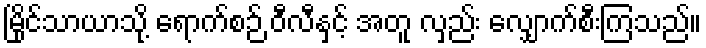
မြိုင်သာယာသို့ ရောက်စဉ် ဝီလီနှင့် အတူ လှည်း လျှောက်စီးကြသည်။